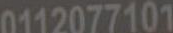
0112077101